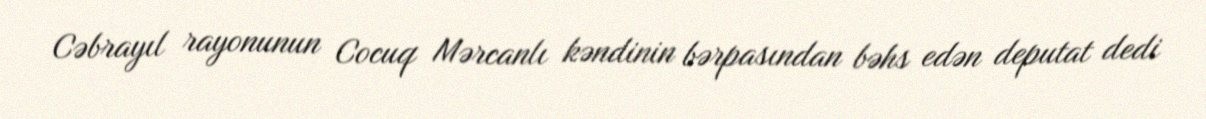
Cəbrayıl rayonunun Cocuq Mərcanlı kəndinin bərpasından bəhs edən deputat dedi